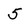
Character: 5